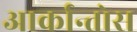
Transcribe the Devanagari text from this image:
आर्कान्तोस